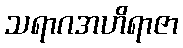
သရာဂအဟိရာဇာ